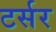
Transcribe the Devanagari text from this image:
टर्सर